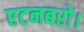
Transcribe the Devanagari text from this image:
एटनबरो।